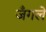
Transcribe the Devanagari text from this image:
जँगले